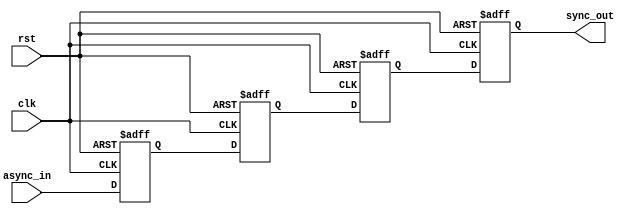
module triple_flip_flop_synchronizer (
    input wire async_in,  // Asynchronous input signal
    input wire clk,       // Clock signal of the target domain
    input wire rst,       // Asynchronous reset (optional)
    output reg sync_out   // Synchronized output signal
);

    // Internal flip-flop signals
    reg ff1, ff2, ff3;

    // Always block for the flip-flops operation
    always @(posedge clk or posedge rst) begin
        if (rst) begin
            // Asynchronous reset
            ff1 <= 1'b0;
            ff2 <= 1'b0;
            ff3 <= 1'b0;
            sync_out <= 1'b0; // Initialize output on reset
        end else begin
            // Capture the signal through the flip-flops
            ff1 <= async_in;  // Sample async input
            ff2 <= ff1;       // Sample output of FF1
            ff3 <= ff2;       // Sample output of FF2
            sync_out <= ff3;  // Final synchronized output
        end
    end

endmodule